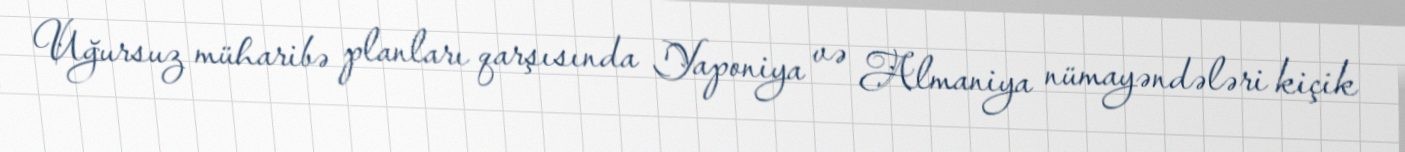
Uğursuz müharibə planları qarşısında Yaponiya və Almaniya nümayəndələri kiçik